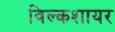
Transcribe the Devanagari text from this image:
विल्कशायर